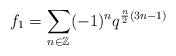
LaTeX: \begin{align*}f_1=\sum_{n\in \mathbb{Z}}^{}(-1)^{n}q^{\frac{n}{2}(3n-1)}\end{align*}